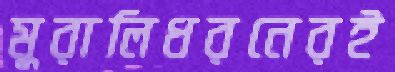
মুরালিধরনেরই